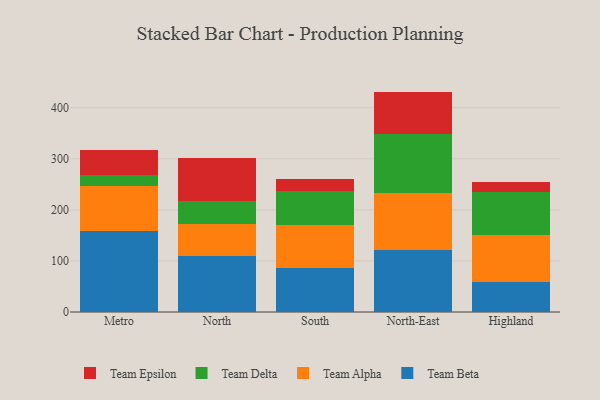
{"axis": {"x": "Region", "y": "Page Views"}, "legend": ["Team Alpha", "Team Beta", "Team Delta", "Team Epsilon"], "data": [{"x": "Metro", "y": 158.0, "type": "Team Beta"}, {"x": "Metro", "y": 88.6, "type": "Team Alpha"}, {"x": "Metro", "y": 21.7, "type": "Team Delta"}, {"x": "Metro", "y": 49.6, "type": "Team Epsilon"}, {"x": "North", "y": 108.8, "type": "Team Beta"}, {"x": "North", "y": 62.6, "type": "Team Alpha"}, {"x": "North", "y": 46.2, "type": "Team Delta"}, {"x": "North", "y": 84.2, "type": "Team Epsilon"}, {"x": "South", "y": 86.9, "type": "Team Beta"}, {"x": "South", "y": 83.3, "type": "Team Alpha"}, {"x": "South", "y": 66.6, "type": "Team Delta"}, {"x": "South", "y": 23.9, "type": "Team Epsilon"}, {"x": "North-East", "y": 121.8, "type": "Team Beta"}, {"x": "North-East", "y": 110.6, "type": "Team Alpha"}, {"x": "North-East", "y": 115.6, "type": "Team Delta"}, {"x": "North-East", "y": 83.5, "type": "Team Epsilon"}, {"x": "Highland", "y": 59.3, "type": "Team Beta"}, {"x": "Highland", "y": 90.6, "type": "Team Alpha"}, {"x": "Highland", "y": 84.1, "type": "Team Delta"}, {"x": "Highland", "y": 20.4, "type": "Team Epsilon"}]}